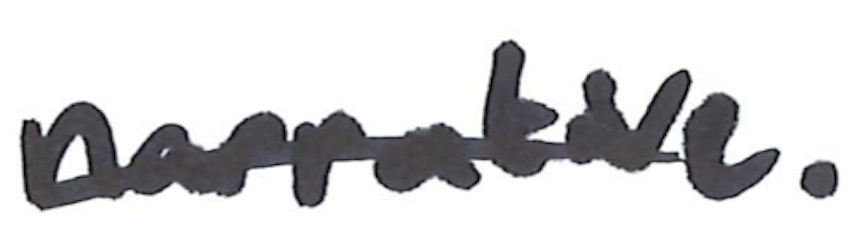
Text: narrative.
Cross-out: mix
Writing tool: marker